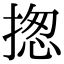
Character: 揔